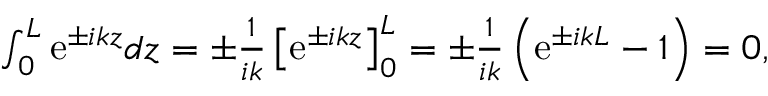
\begin{array} { r } { \int _ { 0 } ^ { L } \mathrm { e } ^ { \pm i k z } d z = \pm \frac { 1 } { i k } \left[ \mathrm { e } ^ { \pm i k z } \right] _ { 0 } ^ { L } = \pm \frac { 1 } { i k } \left( \mathrm { e } ^ { \pm i k L } - 1 \right) = 0 , } \end{array}